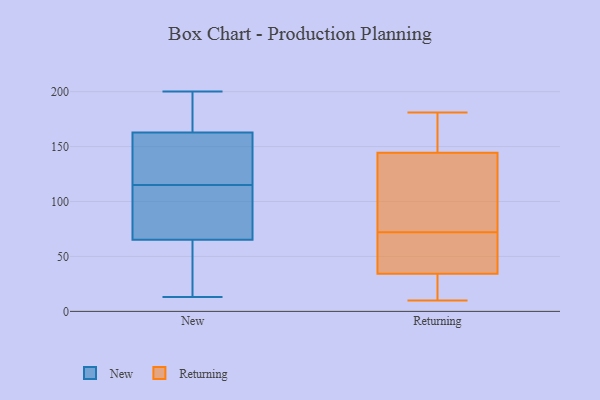
{"axis": {"x": "Active Users", "y": "Value"}, "legend": ["New", "Returning"], "data": [{"x": "", "y": 72, "type": "New"}, {"x": "", "y": 132, "type": "New"}, {"x": "", "y": 44, "type": "New"}, {"x": "", "y": 200, "type": "New"}, {"x": "", "y": 146, "type": "New"}, {"x": "", "y": 185, "type": "New"}, {"x": "", "y": 195, "type": "New"}, {"x": "", "y": 115, "type": "New"}, {"x": "", "y": 16, "type": "New"}, {"x": "", "y": 162, "type": "New"}, {"x": "", "y": 106, "type": "New"}, {"x": "", "y": 63, "type": "New"}, {"x": "", "y": 13, "type": "New"}, {"x": "", "y": 163, "type": "New"}, {"x": "", "y": 100, "type": "New"}, {"x": "", "y": 63, "type": "Returning"}, {"x": "", "y": 32, "type": "Returning"}, {"x": "", "y": 52, "type": "Returning"}, {"x": "", "y": 10, "type": "Returning"}, {"x": "", "y": 138, "type": "Returning"}, {"x": "", "y": 169, "type": "Returning"}, {"x": "", "y": 63, "type": "Returning"}, {"x": "", "y": 22, "type": "Returning"}, {"x": "", "y": 20, "type": "Returning"}, {"x": "", "y": 168, "type": "Returning"}, {"x": "", "y": 35, "type": "Returning"}, {"x": "", "y": 72, "type": "Returning"}, {"x": "", "y": 93, "type": "Returning"}, {"x": "", "y": 181, "type": "Returning"}, {"x": "", "y": 163, "type": "Returning"}, {"x": "", "y": 90, "type": "Returning"}, {"x": "", "y": 122, "type": "Returning"}]}